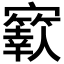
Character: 𡫬